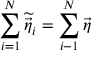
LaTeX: \sum _ { i = 1 } ^ { N } \widetilde { \vec { \eta } _ { i } } = \sum _ { i - 1 } ^ { N } \vec { \eta }